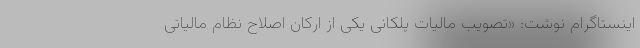
اینستاگرام نوشت: «تصویب مالیات پلکانی یکی از ارکان اصلاح نظام مالیاتی